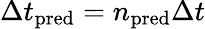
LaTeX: \Delta t_{\mathrm{pred}}=n_{\mathrm{pred}}\Delta t